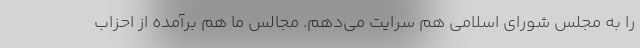
را به مجلس شورای اسلامی هم سرایت می‌دهم. مجالس ما هم برآمده از احزاب